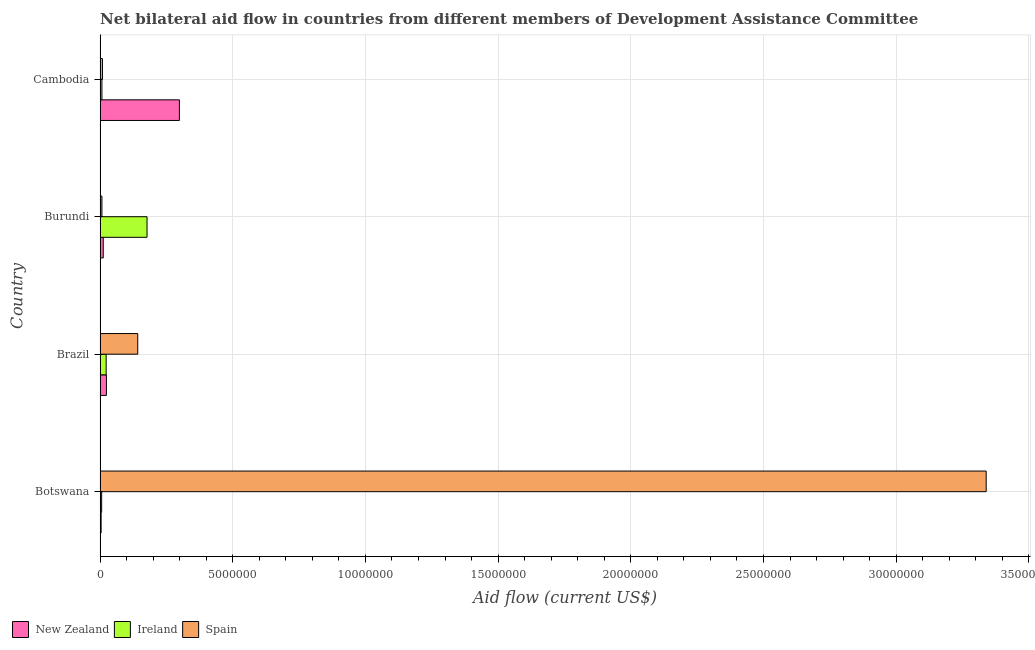
| Country | New Zealand | Ireland | Spain |
 | --- | --- | --- | --- |
 | Botswana | 4e+04 | 6e+04 | 3.34e+07 |
 | Brazil | 2.4e+05 | 2.3e+05 | 1.42e+06 |
 | Burundi | 1.2e+05 | 1.77e+06 | 7e+04 |
 | Cambodia | 2.99e+06 | 7e+04 | 9e+04 |